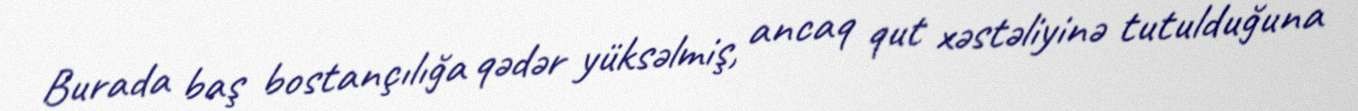
Burada baş bostançılığa qədər yüksəlmiş, ancaq qut xəstəliyinə tutulduğuna